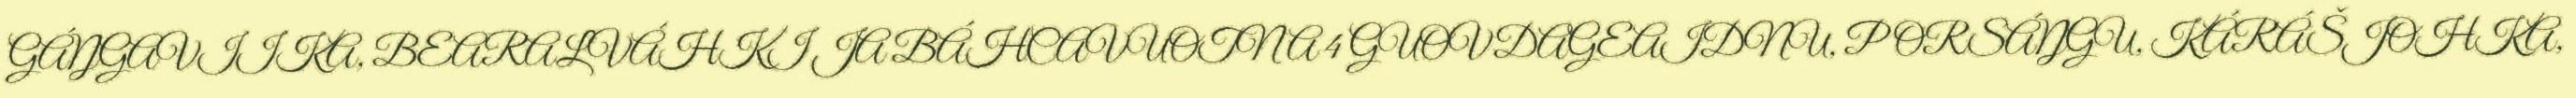
GÁŊGAVIIKA, BEARALVÁHKI JA BÁHCAVUOTNA 4 GUOVDAGEAIDNU, PORSÁŊGU, KÁRÁŠJOHKA,